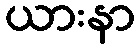
ယားနာ